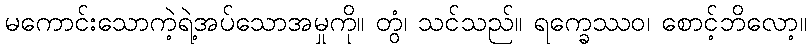
မကောင်းသောကဲ့ရဲ့အပ်သောအမှုကို။ တွံ၊ သင်သည်။ ရက္ခေဿဝ၊ စောင့်ဘိလော့။